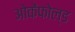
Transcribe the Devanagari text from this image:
ओकेंफोल्ड